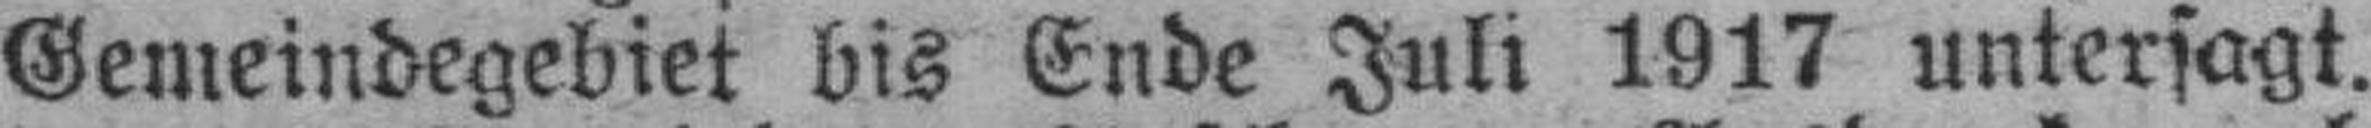
Gemeindegebiet bis Ende Juli 1917 untersagt.